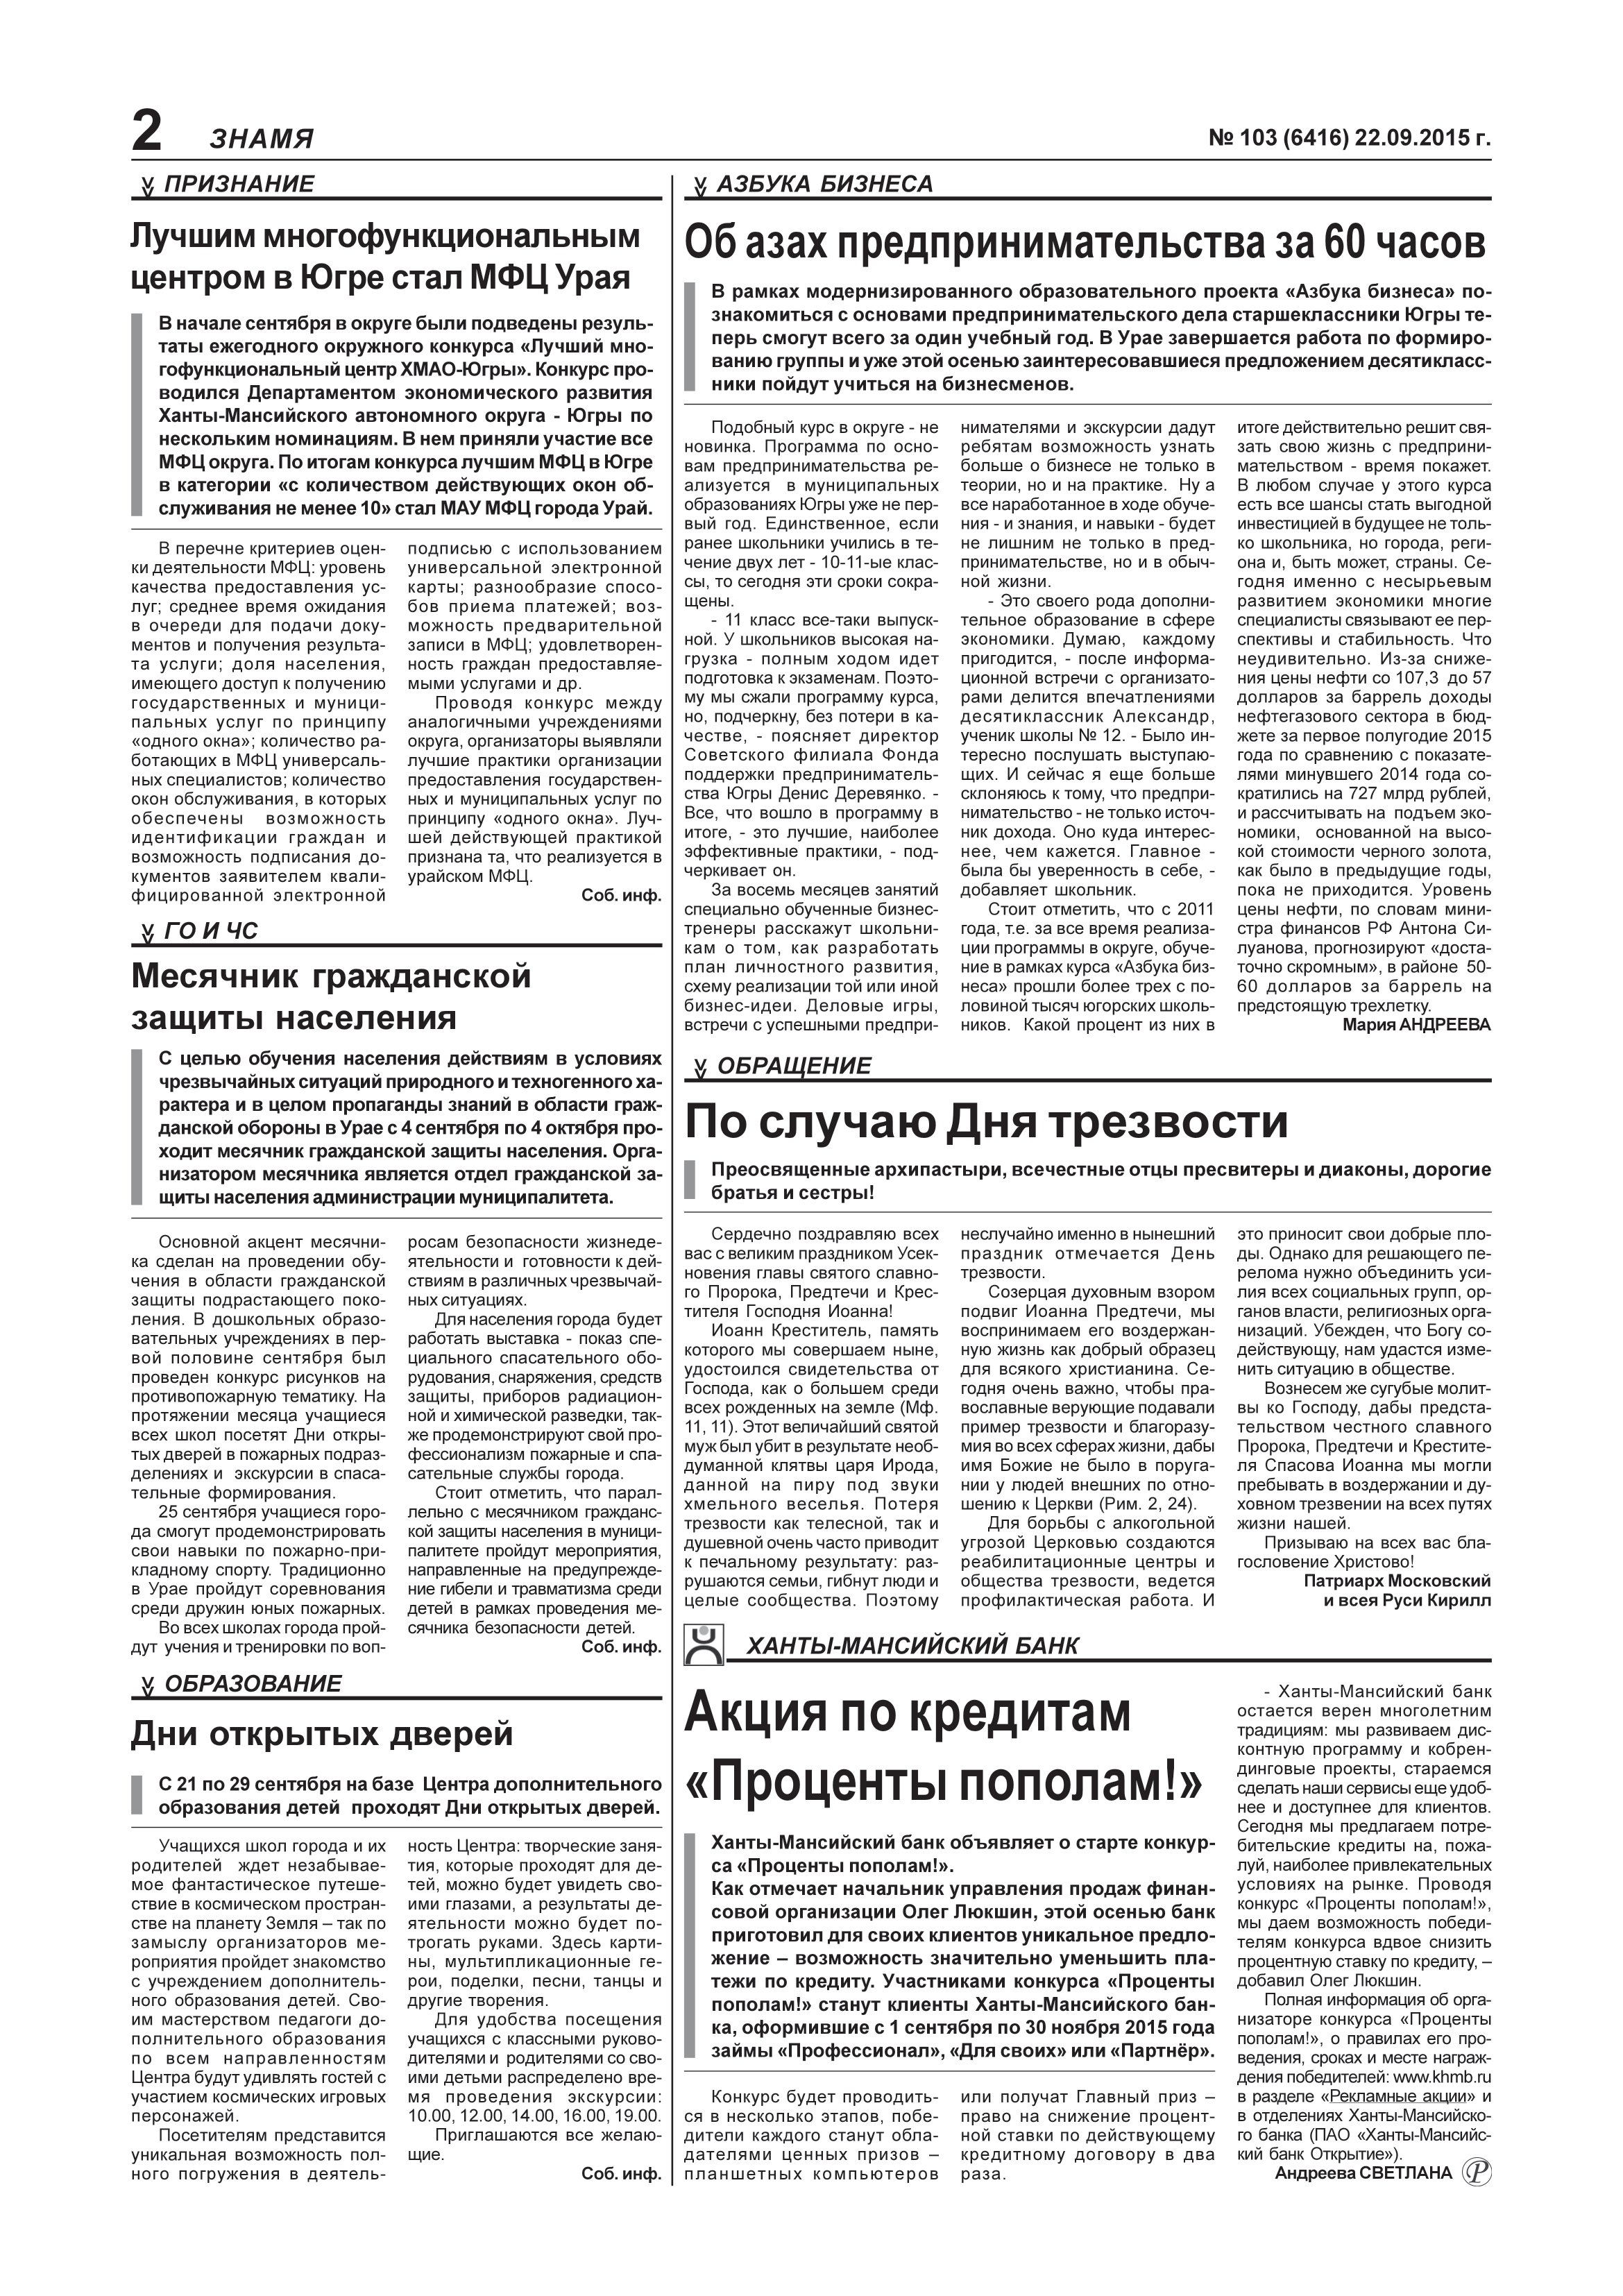
Language: ru